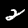
Label: 2